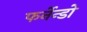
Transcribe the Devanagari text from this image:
फर्नेन्डो